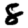
Digit: 8